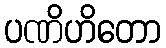
ပဏိဟိတော